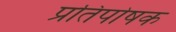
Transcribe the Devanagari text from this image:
प्रतिपोषक